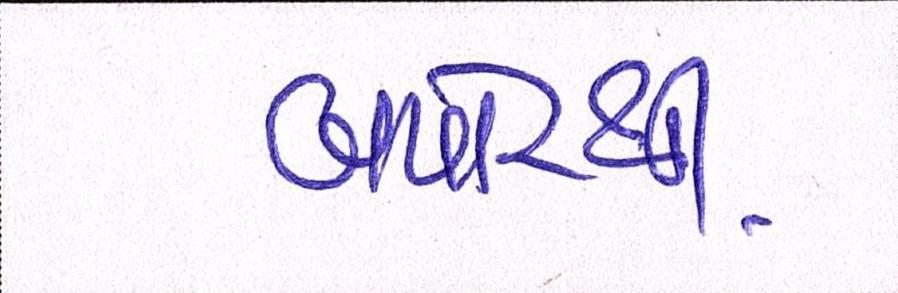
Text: બપોરથી